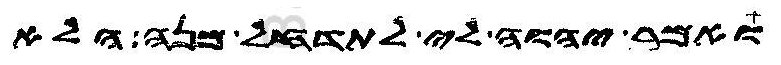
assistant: ואמר יהוה לי לתדחל מנה הלא